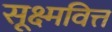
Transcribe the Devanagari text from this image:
सूक्ष्मवित्त